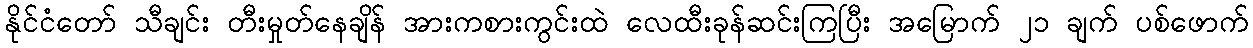
နိုင်ငံတော် သီချင်း တီးမှုတ်နေချိန် အားကစားကွင်းထဲ လေထီးခုန်ဆင်းကြပြီး အမြောက် ၂၁ ချက် ပစ်ဖောက်